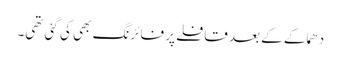
دھماکے کے بعد قافلے پر فائرنگ بھی کی گئی تھی۔